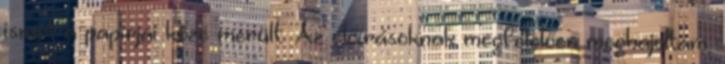
ismét a papírjai közé merült. Az előírásoknak megfelelően meghajoltam,